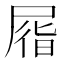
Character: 㞛